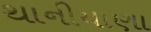
થાનીયાણા